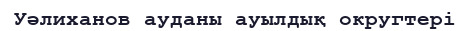
Уәлиханов ауданы ауылдық округтері